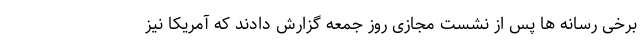
برخی رسانه ها پس از نشست مجازی روز جمعه گزارش دادند که آمریکا نیز